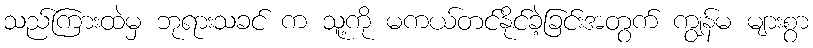
သည်ကြားထဲမှ ဘုရားသခင် က သူ့ကို မကယ်တင်နိုင်ခဲ့ခြင်းအတွက် ကျွန်မ များစွာ